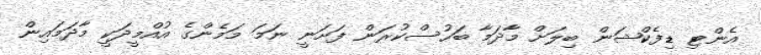
އެންޓި ޑިފެކްޝަން ބިލަށް މާދަމާ ބަހުސްކުރަން ފަށަނީ ނަމަ މަމެންގެ އުއްމީދަކީ މާދަމައިން